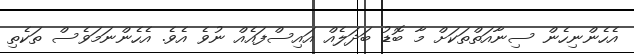
އެހެންނިހެން ސިނާއަތްތަކަށް މާ ބޮޑު ބަދަލެއް އައިސްފައެއް ނުވެ އެވެ. އެހެންނަމަވެސް ތަކެތި